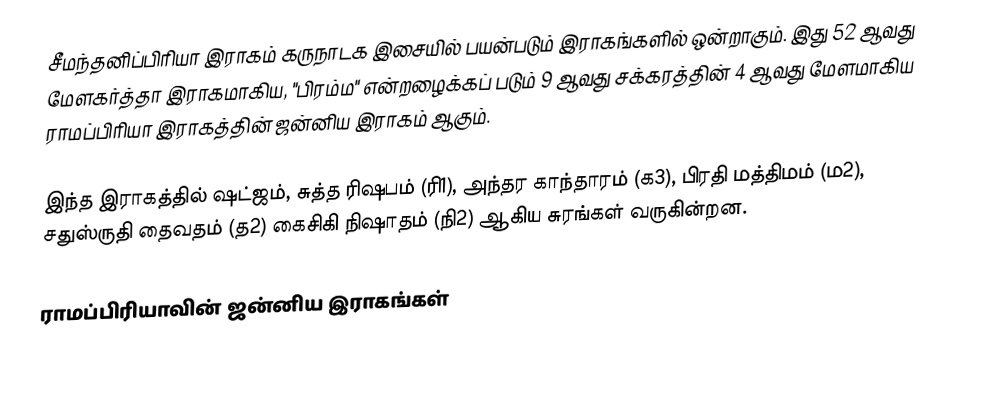
சீமந்தனிப்பிரியா இராகம் கருநாடக இசையில் பயன்படும் இராகங்களில் ஒன்றாகும். இது 52 ஆவது மேளகர்த்தா இராகமாகிய, "பிரம்ம" என்றழைக்கப் படும் 9 ஆவது சக்கரத்தின் 4 ஆவது மேளமாகிய ராமப்பிரியா இராகத்தின் ஜன்னிய இராகம் ஆகும்.

இந்த இராகத்தில் ஷட்ஜம், சுத்த ரிஷபம் (ரி1),  அந்தர காந்தாரம் (க3), பிரதி மத்திமம் (ம2), சதுஸ்ருதி தைவதம் (த2) கைசிகி நிஷாதம்  (நி2) ஆகிய சுரங்கள் வருகின்றன.

ராமப்பிரியாவின் ஜன்னிய இராகங்கள்